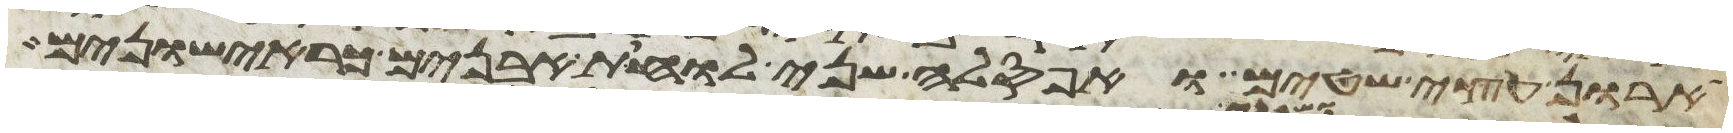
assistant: ארון עצי שטים ואפסלה שני לוחת אבנים כראישונים